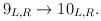
LaTeX: \begin{align*}9_{L,R}\rightarrow 10_{L,R}. \end{align*}